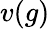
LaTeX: v(g)